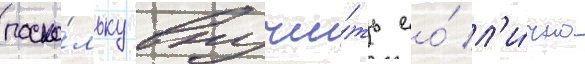
поско́льку вручи́ть ео́ л'и́чно